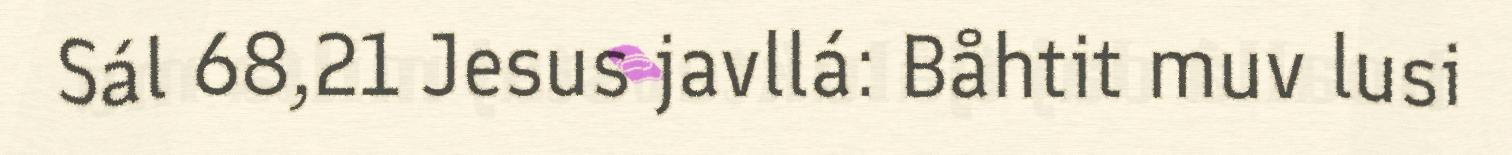
Sál 68,21 Jesus javllá: Båhtit muv lusi